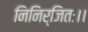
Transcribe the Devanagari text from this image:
निनिर्जितः।।